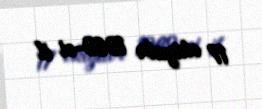
17 oktyabr 1969-ci il